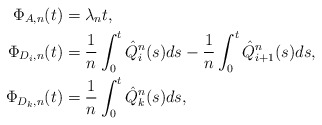
\begin{align*}\Phi_{A,n}(t) &= \lambda_n t, \\\Phi_{D_i,n}(t) &= \frac{1}{n}\int_0^t\hat{Q}^n_i(s)ds-\frac{1}{n}\int_0^t\hat{Q}^n_{i+1}(s)ds, \\\Phi_{D_k,n}(t) &= \frac{1}{n}\int_0^t\hat{Q}^n_{k}(s)ds, \end{align*}